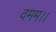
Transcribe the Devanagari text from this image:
वमम।।